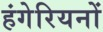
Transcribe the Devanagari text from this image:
हंगेरियनों